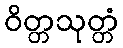
ဝိတ္တသုတ္တံ